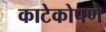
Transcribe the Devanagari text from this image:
काटेकोपणे